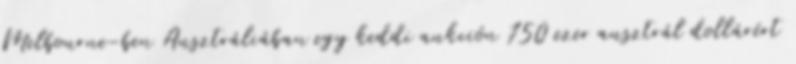
Melbourne-ben Ausztráliában egy keddi aukción 750 ezer ausztrál dollárért